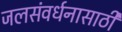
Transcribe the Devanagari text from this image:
जलसंवर्धनासाठी